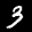
Label: 3